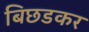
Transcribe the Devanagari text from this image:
बिछडकर